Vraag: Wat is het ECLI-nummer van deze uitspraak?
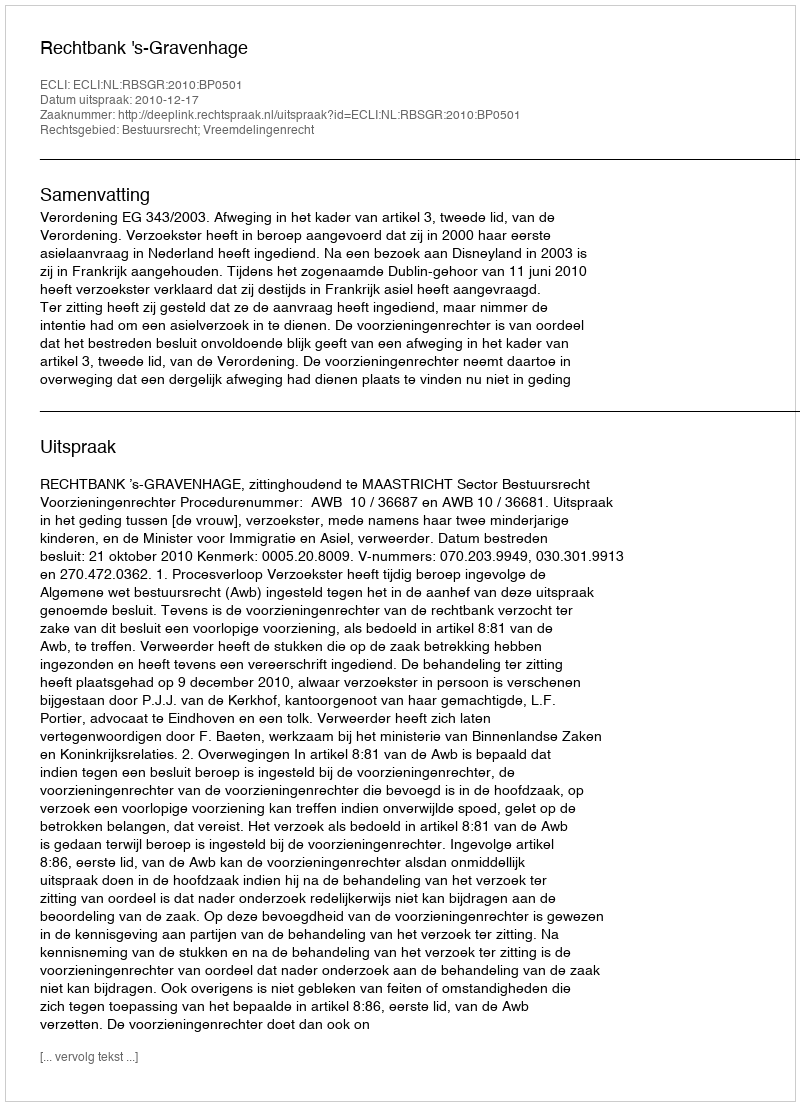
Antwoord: ECLI:NL:RBSGR:2010:BP0501